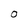
Character: O